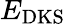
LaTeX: E_{\mathrm{DKS}}